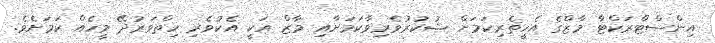
އިންސްޓްރަކްޓާ މާޒްގެ އެހީތެރިކަމަށް ޝުކުރުވެރިވާކަމަށާއި މާޒް އަކީ އެކުވެރި ހިތްވަރުދޭ މީހެއް ކަމަށެވެ.